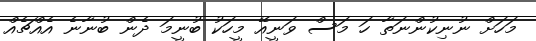
މަހަށް ނުނިކުންނަތާ ހަ މަސް ވަނީއޭ މީހަކު ބުނީމަ ދެން ބުނާނެ އެއްޗެއް